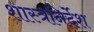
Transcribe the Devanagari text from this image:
शास्त्रनिर्देश